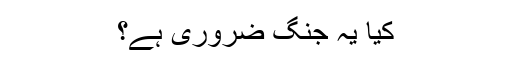
کیا یہ جنگ ضروری ہے؟